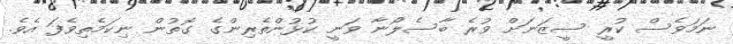
ނަމަވެސް ކުރީ ސީޒަނަށް ވުރެ ބާސެލޯނާ ވަނީ ކުޅުންތެރިންގެ ގޮތުން ނިކަމެތިވެފަ އެވެ.